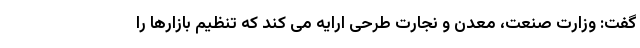
گفت: وزارت صنعت، معدن و نجارت طرحی ارایه می کند که تنظیم بازارها را